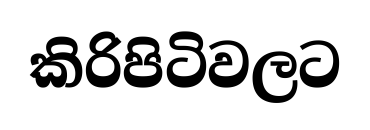
කිරිපිටිවලට